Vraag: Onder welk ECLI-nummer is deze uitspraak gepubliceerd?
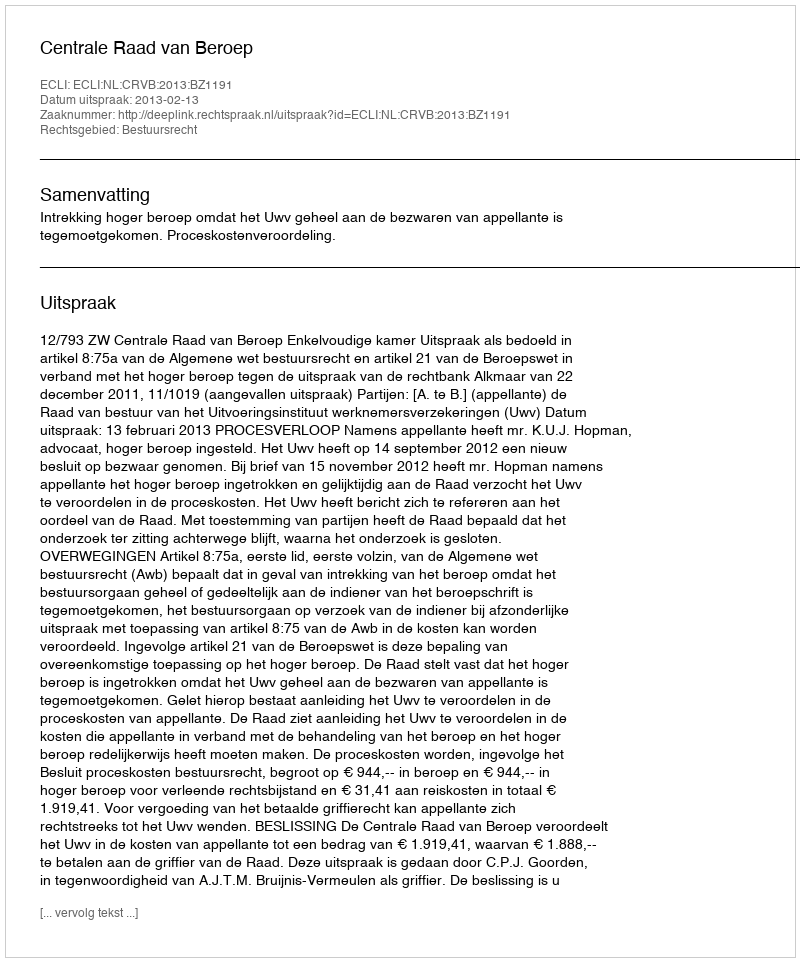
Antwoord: ECLI:NL:CRVB:2013:BZ1191